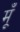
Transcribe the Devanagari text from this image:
मूँ